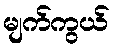
မျက်ကွယ်